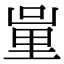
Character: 𨤦